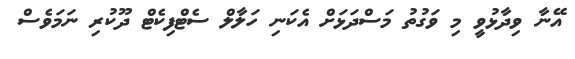
އޭނާ ވިދާޅުވީ މި ވަގުތު މަސްދަޅަށް އެކަނި ހަލާލް ސެޓްފިކެޓް ދޫކުރި ނަމަވެސް